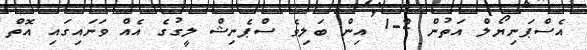
އެސްޕަނިޔޯލް އަތުން 2-1 އިން ބަލިވެ ސްޕެނިޝް ލީގުގެ އެއް ވަނައިގައި އޮތް